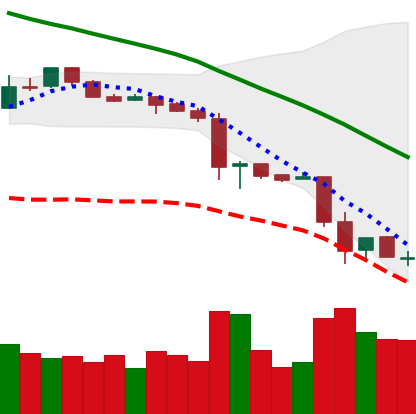
Ticker: LTC-USD
Chart end date: 2018-11-23
Forward return: 7.671%
Label: up_7plus